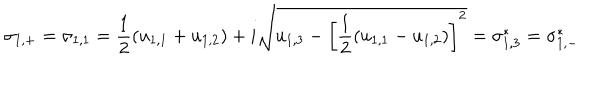
\sigma _ { 1 , + } = \sigma _ { 1 , 1 } = \frac { 1 } { 2 } \left( u _ { 1 , 1 } + u _ { 1 , 2 } \right) + i \sqrt { u _ { 1 , 3 } - \left[ \frac { 1 } { 2 } ( u _ { 1 , 1 } - u _ { 1 , 2 } ) \right] ^ { 2 } } = \sigma _ { 1 , 3 } ^ { * } = \sigma _ { 1 , - } ^ { * }